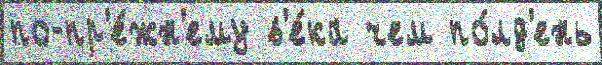
по-пр'е́жн'ему в'е́ка чем по́лд'ень